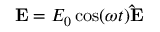
\mathbf { E } = E _ { 0 } \cos ( \omega t ) \mathbf { \hat { E } }